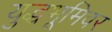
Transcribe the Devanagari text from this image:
युद्धभूमिवर